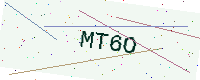
Text: MT6O